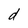
Character: d